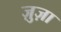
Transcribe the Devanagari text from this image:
ज़ुज़ा